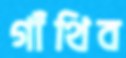
গাঁথিব